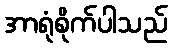
အာရုံစိုက်ပါသည်